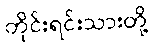
တိုင်းရင်းသားတို့